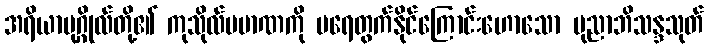
အရိယာပုဂ္ဂိုလ်တို့၏ ကုသိုလ်ပမာဏကို မရေတွက်နိုင်ကြောင်းဟောသော ပုညာဘိသန္ဒသုတ်